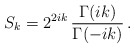
\begin{align*}S_k=2^{2ik}\,\frac{\Gamma(ik)}{\Gamma(-ik)}\,.\end{align*}